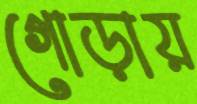
গোড়ায়